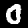
Digit: 0